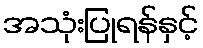
အသုံးပြုရန်နှင့်